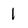
Character: 1